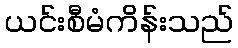
ယင်းစီမံကိန်းသည်